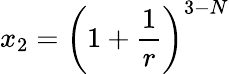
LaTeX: x_{2}=\left(1+\frac{1}{r}\right)^{3-N}